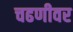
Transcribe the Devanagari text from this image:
चढणीवर